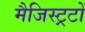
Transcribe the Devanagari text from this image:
मैजिस्ट्रटों